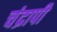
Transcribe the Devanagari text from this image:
चंद्रापी